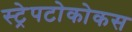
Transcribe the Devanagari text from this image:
स्ट्रेपटोकोकस